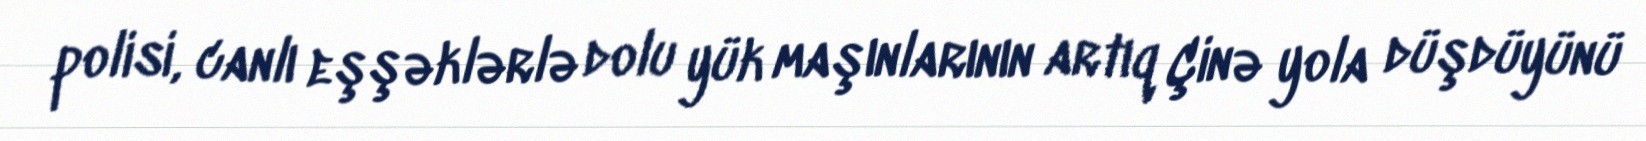
polisi, canlı eşşəklərlə dolu yük maşınlarının artıq Çinə yola düşdüyünü